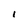
Character: 1